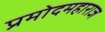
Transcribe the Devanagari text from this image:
प्रमोदमहाराज